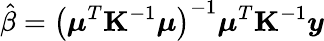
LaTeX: \hat{\beta}=\left(\boldsymbol{\mu}^{T}\mathbf{K}^{-1}\boldsymbol{\mu}\right)^{-1}\boldsymbol{\mu}^{T}\mathbf{K}^{-1}\boldsymbol{y}